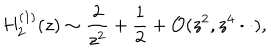
H _ { 2 } ^ { ( 1 ) } ( z ) \sim \frac { 2 } { z ^ { 2 } } + \frac { 1 } { 2 } + { \cal O } ( z ^ { 2 } , z ^ { 4 } \cdot \cdot ) ,